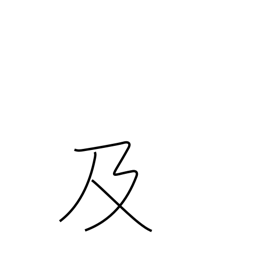
Meaning: cause